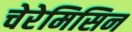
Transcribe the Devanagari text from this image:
चेरेमिसिन